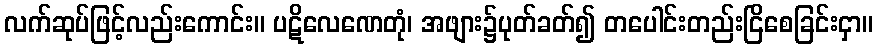
လက်ဆုပ်ဖြင့်လည်းကောင်း။ ပဋိလေဏေတုံ၊ အဖျား၌ပုတ်ခတ်၍ တပေါင်းတည်းငြိစေခြင်းငှာ။